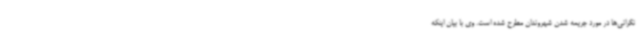
نگرانی‌ها در مورد جریمه شدن شهروندان مطرح شده است. وی با بیان اینکه